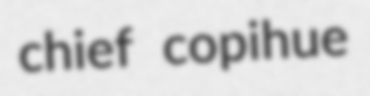
chief copihue